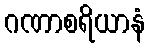
ဂဏာစရိယာနံ